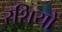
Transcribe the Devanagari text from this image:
रशियों